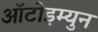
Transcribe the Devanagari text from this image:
आॅटोइम्युन